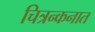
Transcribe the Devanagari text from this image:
चित्रन्कनात